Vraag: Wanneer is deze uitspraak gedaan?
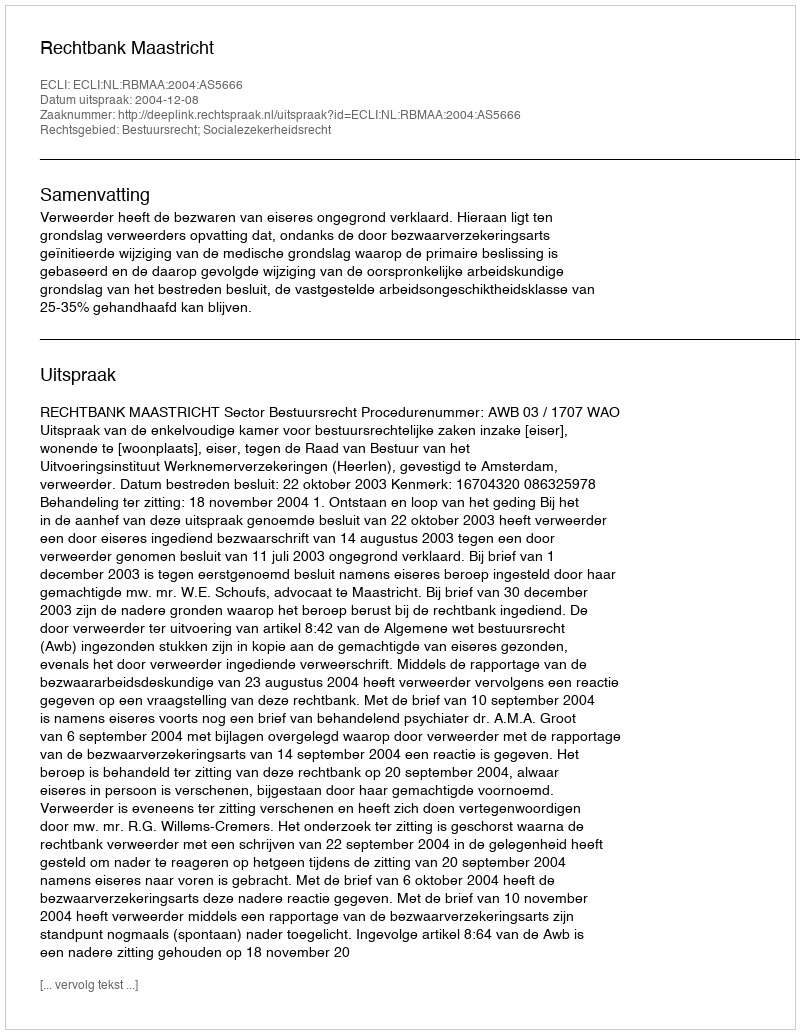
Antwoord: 2004-12-08